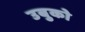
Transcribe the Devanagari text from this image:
उबुको